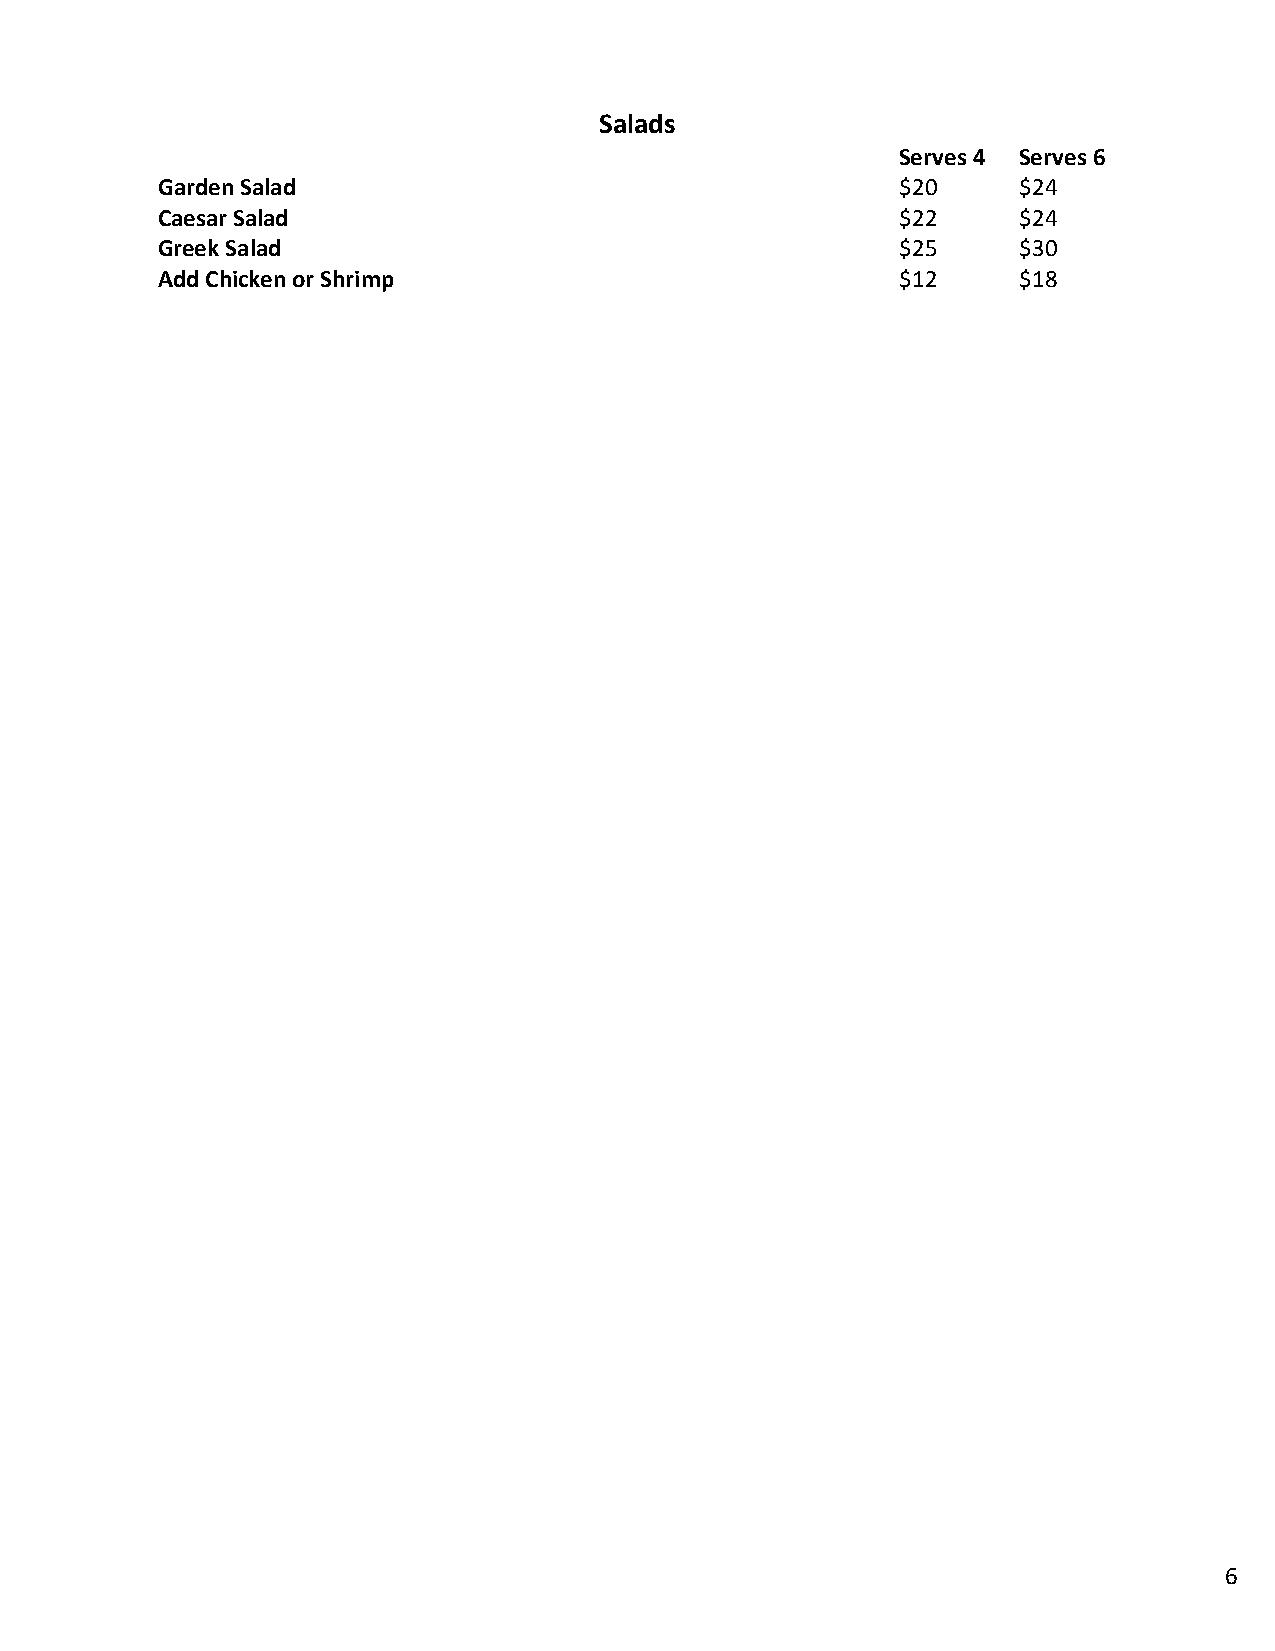
Salads
 Serves 4 Serves 6
 Garden Salad                                      $20    $24
 Caesar Salad                                      $22    $24
 Greek Salad                                       $25    $30
 Add Chicken or Shrimp                             $12    $18
 6